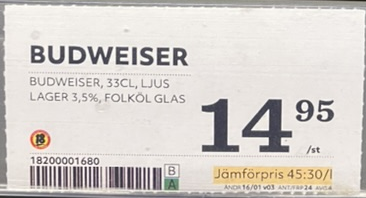
Vara: Budweiser
Genomsnittspris: 45.3 per L